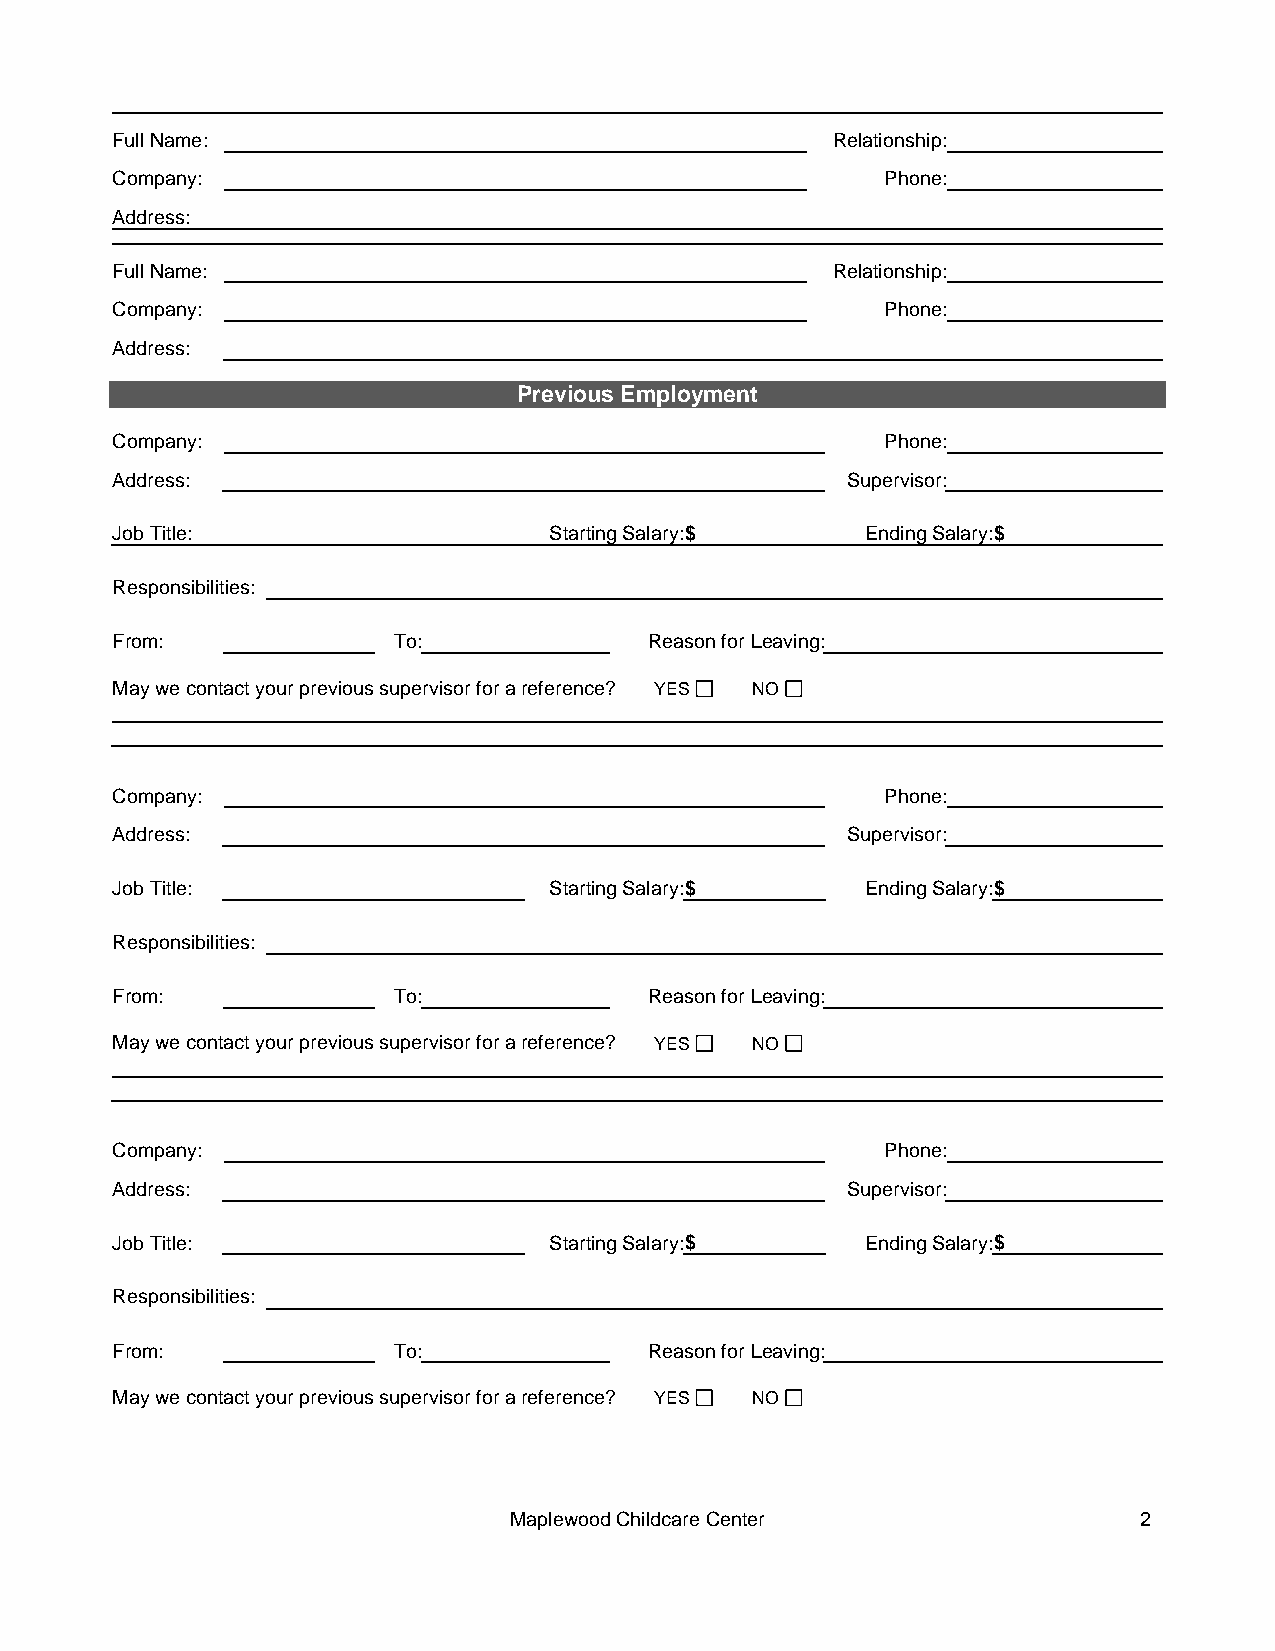
Full Name:                                      Relationship:
 Company:                                            Phone:
 Address:
 Full Name:                                      Relationship:
 Company:                                            Phone:
 Address:
 Previous Employment
 Company:                                            Phone:
 Address:                                         Supervisor:
 Job Title:                   Starting Salary: $   Ending Salary: $
 Responsibilities:
 From:              To:              Reason for Leaving:
 May we contact your previous supervisor for a reference? YES NO
 Company:                                            Phone:
 Address:                                         Supervisor:
 Job Title:                   Starting Salary: $   Ending Salary: $
 Responsibilities:
 From:              To:              Reason for Leaving:
 May we contact your previous supervisor for a reference? YES NO
 Company:                                            Phone:
 Address:                                         Supervisor:
 Job Title:                   Starting Salary: $   Ending Salary: $
 Responsibilities:
 From:              To:              Reason for Leaving:
 May we contact your previous supervisor for a reference? YES NO
 Maplewood Childcare Center                2